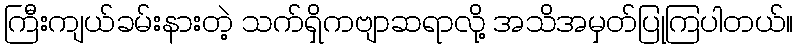
ကြီးကျယ်ခမ်းနားတဲ့ သက်ရှိကဗျာဆရာလို့ အသိအမှတ်ပြုကြပါတယ်။